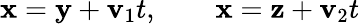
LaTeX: {\mathbf x}={\mathbf y}+{\mathbf v}_{1}t,\qquad{\mathbf x}={\mathbf z}+{\mathbf v}_{2}t